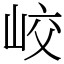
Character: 峧